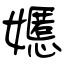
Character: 嬺